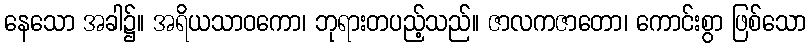
နေသော အခါ၌။ အရိယသာဝကော၊ ဘုရားတပည့်သည်။ ဇာလကဇာတော၊ ကောင်းစွာ ဖြစ်သော